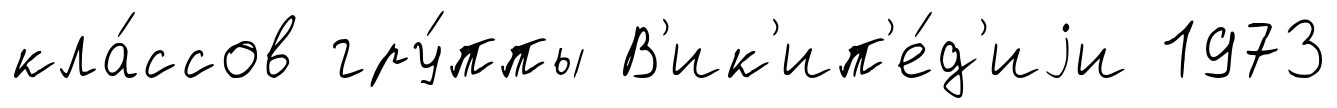
кла́ссов гру́ппы В'ик'ип'е́д'иjи 1973